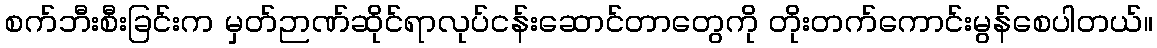
စက်ဘီးစီးခြင်းက မှတ်ဉာဏ်ဆိုင်ရာလုပ်ငန်းဆောင်တာတွေကို တိုးတက်ကောင်းမွန်စေပါတယ်။